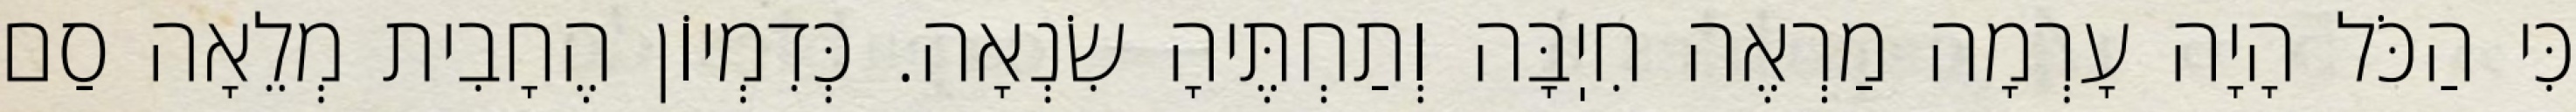
כִּי הַכֹּל הָיָה עָרְמָה מַרְאֶה חִיֽבָּה וְתַחְתֶּיהָ שִׂנְאָה. כְּדִמְיוֹן הֶחָבִית מְלֵאָה סַם